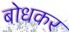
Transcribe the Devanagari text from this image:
बोधकर